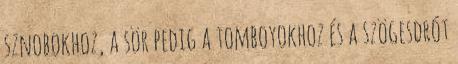
sznobokhoz, a sör pedig a tomboyokhoz és a szögesdrót